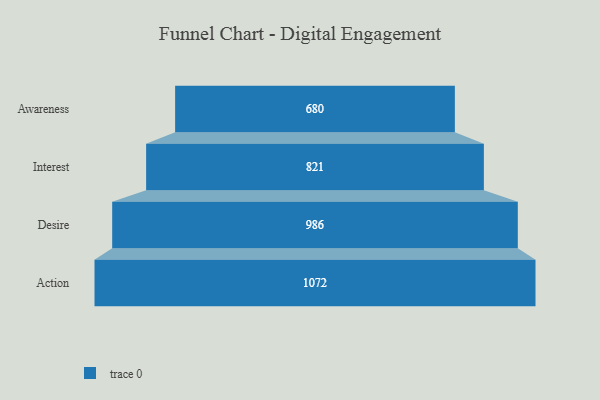
{"axis": {"x": "Stage", "y": "Value"}, "legend": [""], "data": [{"x": "Awareness", "y": 680.0, "type": ""}, {"x": "Interest", "y": 821.0, "type": ""}, {"x": "Desire", "y": 986.0, "type": ""}, {"x": "Action", "y": 1072.0, "type": ""}]}